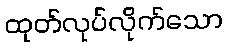
ထုတ်လုပ်လိုက်သော